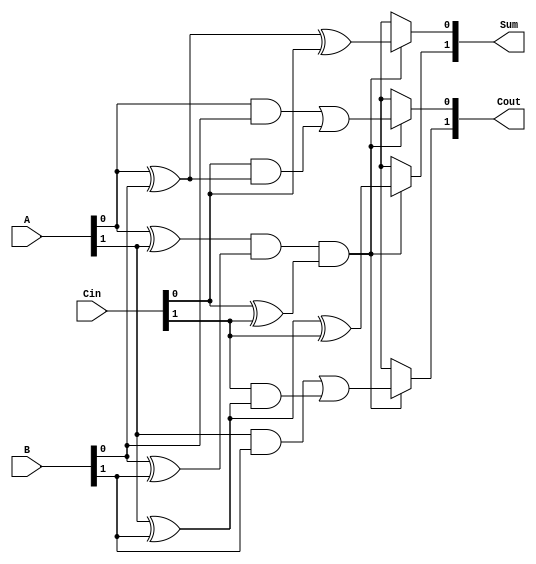
module dual_rail_full_adder (
    input [1:0] A,     // Dual-rail input for A
    input [1:0] B,     // Dual-rail input for B
    input [1:0] Cin,   // Dual-rail input for carry-in
    output reg [1:0] Sum, // Dual-rail output for sum
    output reg [1:0] Cout  // Dual-rail output for carry-out
);

// Internal signals for the sum and carry calculations
wire A_valid = (A[0] ^ A[1]) == 1; // Check if only one of A[0] or A[1] is active
wire B_valid = (B[0] ^ B[1]) == 1; // Check if only one of B[0] or B[1] is active
wire Cin_valid = (Cin[0] ^ Cin[1]) == 1; // Check if only one of Cin[0] or Cin[1] is active

// Check for validity of inputs
always @* begin
    if (A_valid && B_valid && Cin_valid) begin
        // Calculate sum S = A  B  Cin
        Sum[0] = (A[0] ^ B[0] ^ Cin[0]); // Sum = 0
        Sum[1] = (A[1] ^ B[1] ^ Cin[1]); // Sum = 1
        
        // Calculate carry Cout = (A AND B) OR (Cin AND (A XOR B))
        Cout[0] = (A[0] & B[0]) | (Cin[0] & (A[0] ^ B[0]));
        Cout[1] = (A[1] & B[1]) | (Cin[1] & (A[1] ^ B[1]));
    end else begin
        // Invalid input scenario
        Sum = 2'bxx; // Undefined state
        Cout = 2'bxx; // Undefined state
    end
end

endmodule